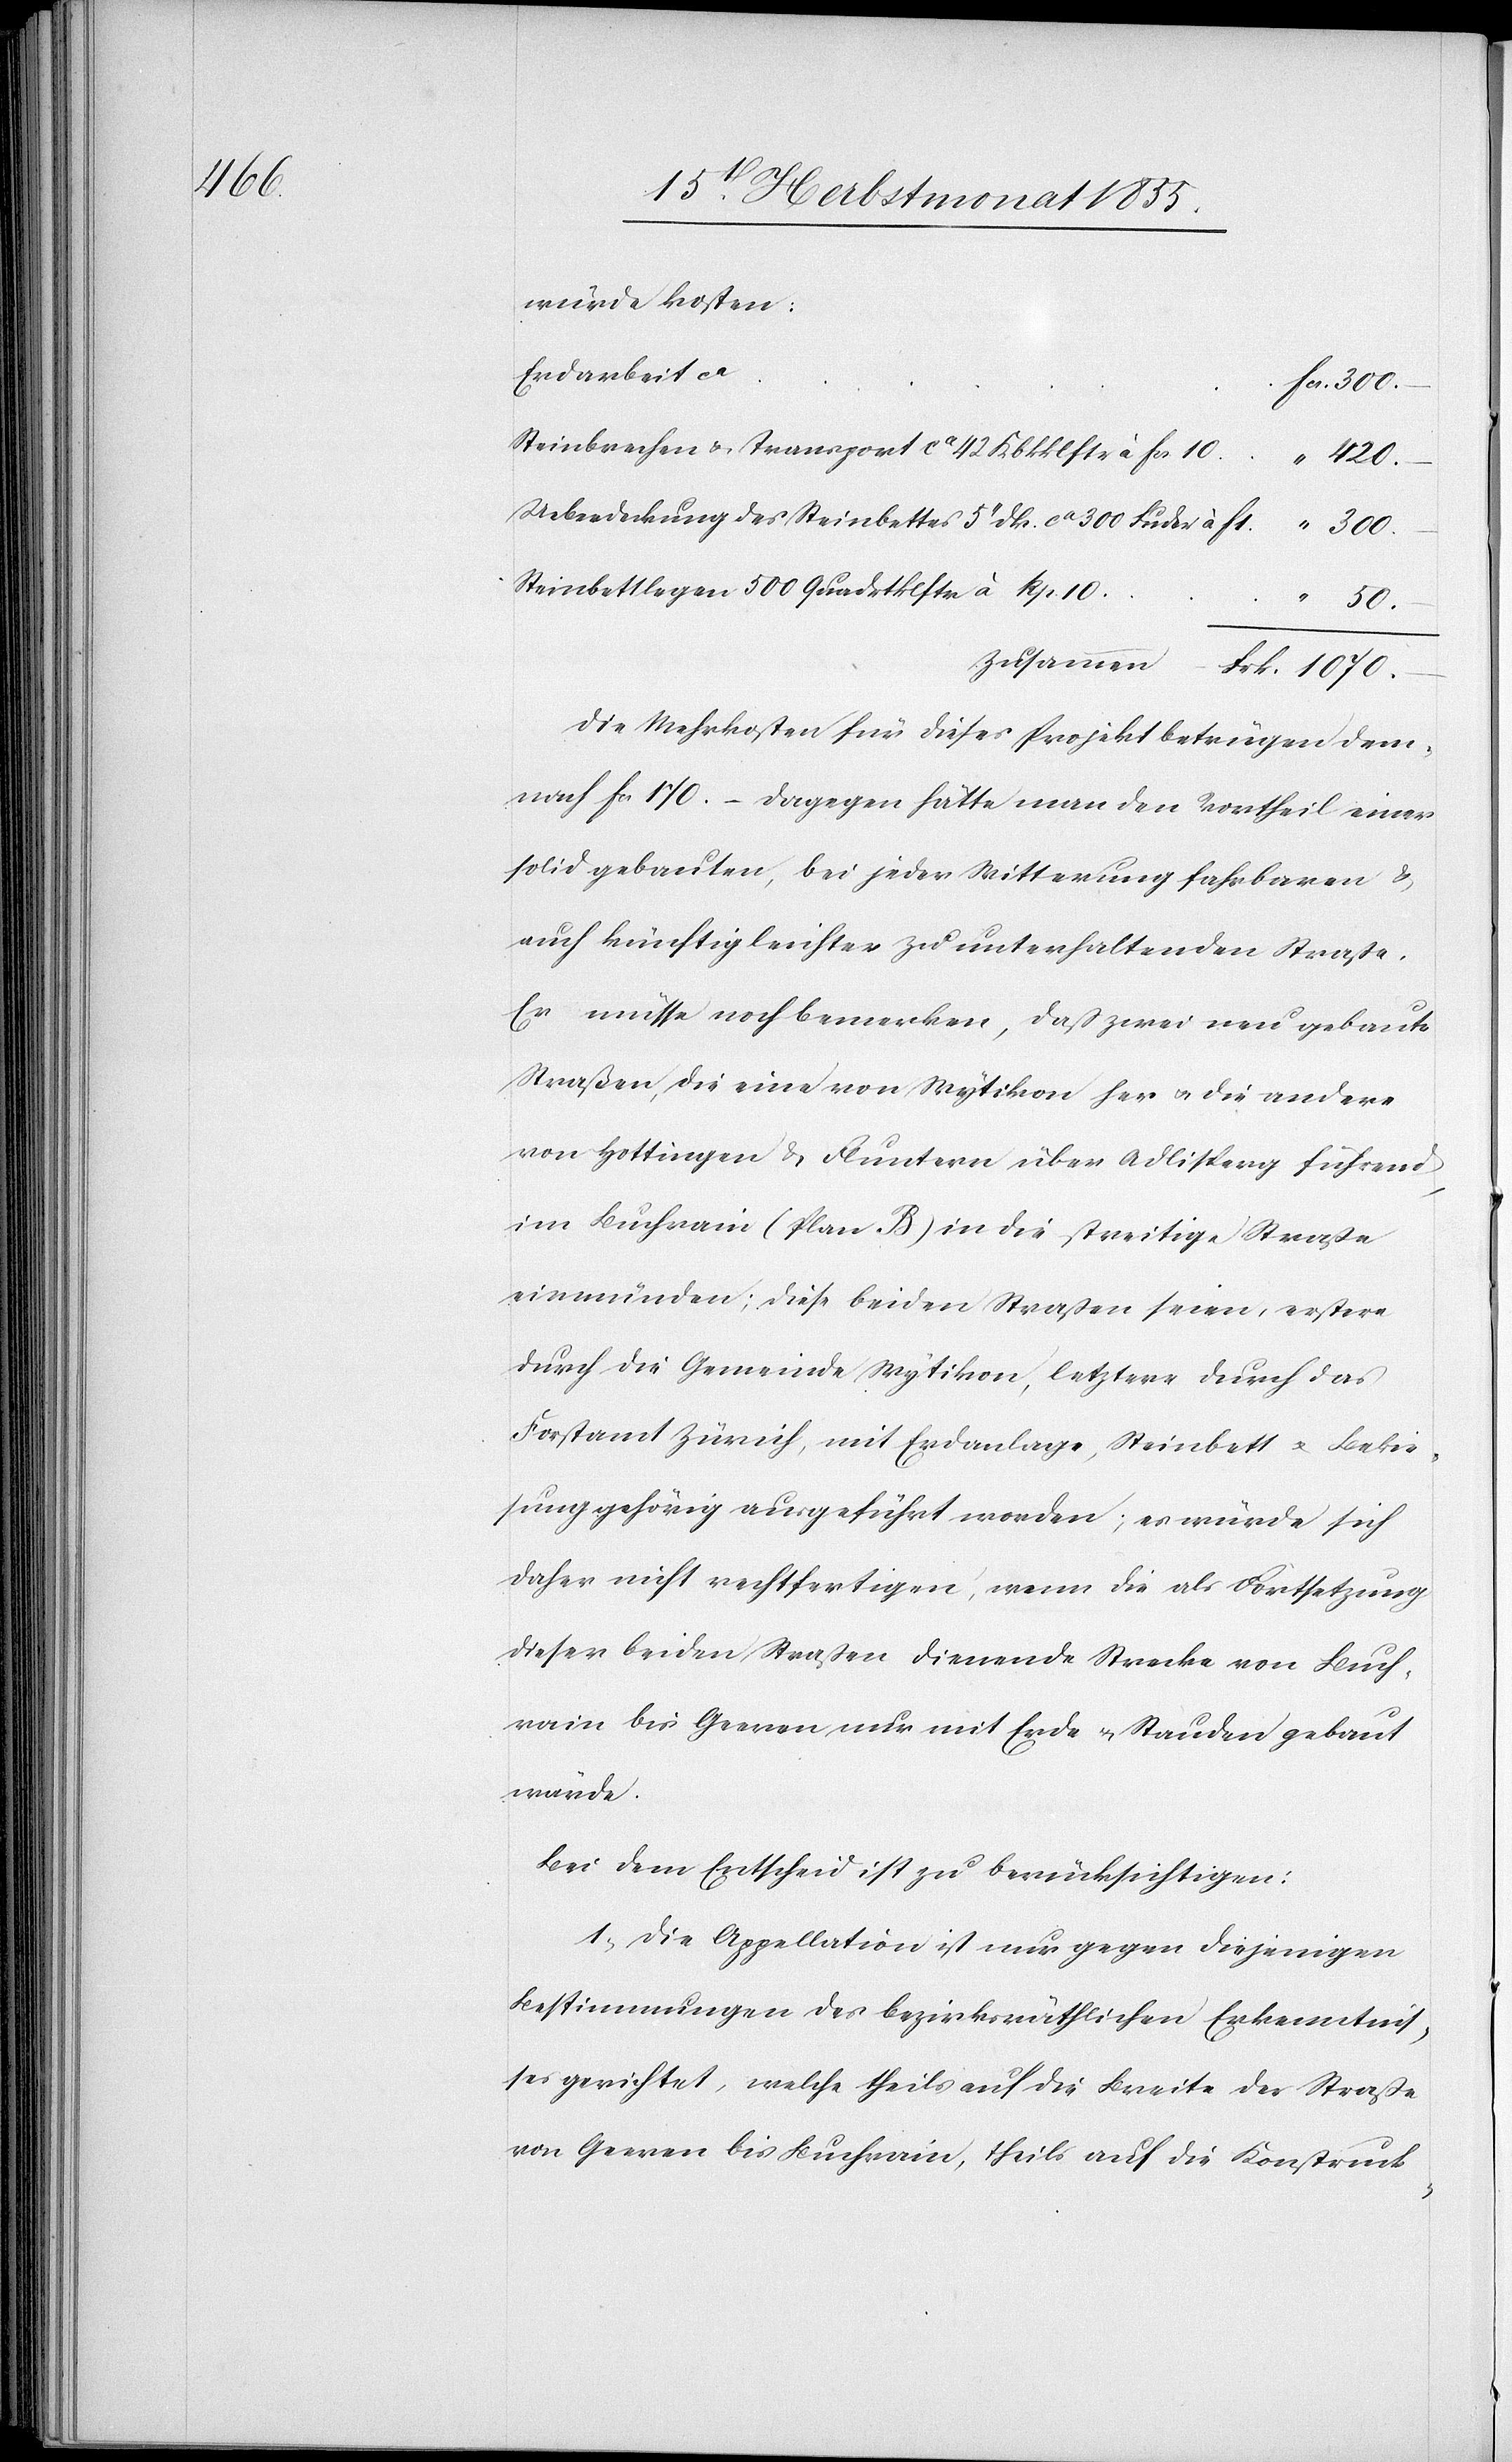
würde kosten:
Erdarbeit ca
Frk. 1070.–
Steinbrechen & Transport ca 42 Kbkklftr à Fcs. 10
420.–
Ueberdeckung des Steinbettes 5‘‘ dk. ca 300 Fuder à F 1.
Steinbettlegen 500 Quadrtklftr à Rp. 10
Die Mehrkosten für dieses Projekt betrügen dem¬
nach Fcs 170.– Dagegen hätte man den Vortheil einer
solid gebauten, bei jeder Witterung fahrbaren &
auch künftig leichter zu unterhaltenden Straße.
Er müsse noch bemerken, daß zwei neu gebaute
Straßen, die eine von Wytikon her & die andere
von Hottingen & Fluntern über Adlisperg führend,
im Buchrain (Plan B) in die streitige Straße
einmünden; diese beiden Straßen seien, erstere
durch die Gemeinde Wytikon, letztere durch das
Forstamt Zürich, mit Erdanlage, Steinbett & Bekie¬
sung gehörig ausgeführt worden; es würde sich
daher nicht rechtfertigen, wenn die als Fortsetzung
dieser beiden Straßen dienende Strecke von Buch¬
rain bis Geeren nur mit Erde & Stauden gebaut
würde.
Bei dem Entscheid ist zu berücksichtigen:
1, Die Appellation ist nur gegen diejenigen
Bestimmungen des bezirksräthlichen Erkenntnis¬
ses gerichtet, welche theils auf die Breite der Straße
von Geeren bis Buchrain, theils auf die Konstruk-